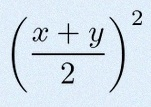
\left(\frac{x+y}{2}\right)^2